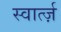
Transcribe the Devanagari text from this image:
स्वार्त्ज़